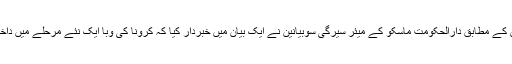
میڈیارپورٹس کے مطابق دارالحکومت ماسکو کے میئر سیرگی سوبیانین نے ایک بیان میں خبردار کیا کہ کرونا کی وبا ایک نئے مرحلے میں داخل ہوگئی ہے۔